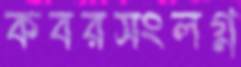
কবরসংলগ্ন